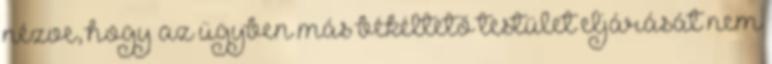
nézve, hogy az ügyben más békéltető testület eljárását nem